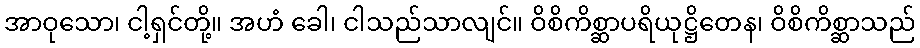
အာဝုသော၊ ငါ့ရှင်တို့။ အဟံ ခေါ၊ ငါသည်သာလျင်။ ဝိစိကိစ္ဆာပရိယုဋ္ဌိတေန၊ ဝိစိကိစ္ဆာသည်